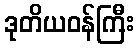
ဒုတိယဝန်ကြီး